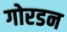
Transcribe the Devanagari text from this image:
गोरडन